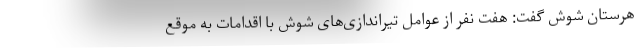
هرستان شوش گفت: هفت نفر از عوامل تیراندازی‌های شوش با اقدامات به موقع